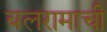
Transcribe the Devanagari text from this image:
बलरामाची